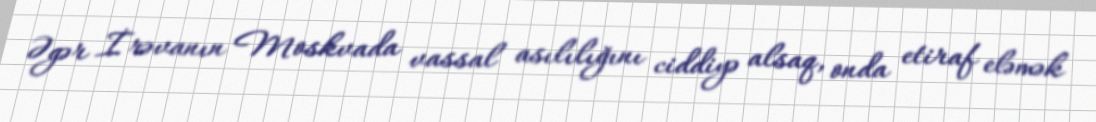
Əgər İrəvanın Moskvada vassal asılılığını ciddiyə alsaq, onda etiraf eləmək